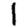
Digit: 1